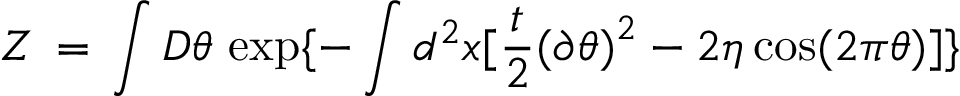
{ \cal Z } \, = \, \int { \cal D } \theta \, \exp \{ - \int d ^ { 2 } x [ \frac { t } { 2 } { ( \partial \theta ) } ^ { 2 } - 2 \eta \cos ( 2 \pi \theta ) ] \}